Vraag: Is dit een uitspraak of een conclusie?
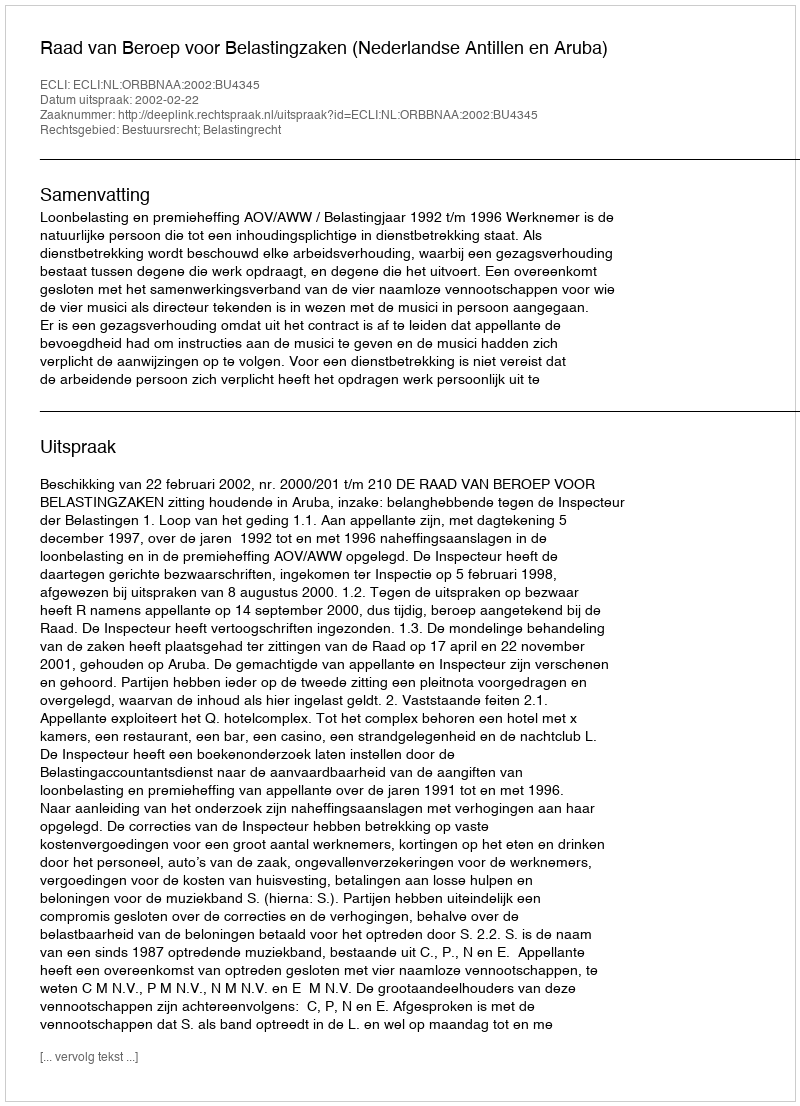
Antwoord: Uitspraak